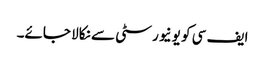
ایف سی کو یونیورسٹی سے نکالا جائے۔